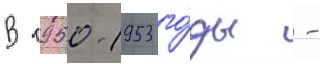
В 1950-1953 го́ды -